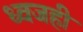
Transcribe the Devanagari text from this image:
ध्वजही